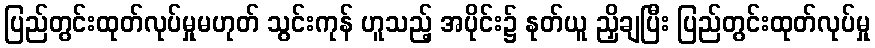
ပြည်တွင်းထုတ်လုပ်မှုမဟုတ် သွင်းကုန် ဟူသည့် အပိုင်း၌ နုတ်ယူ ညှိချပြီး ပြည်တွင်းထုတ်လုပ်မှု